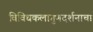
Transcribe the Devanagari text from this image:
विविधकलागुणदर्शनाचा